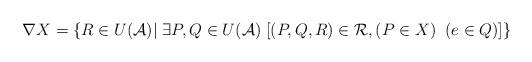
LaTeX: \begin{align*}\nabla X=\{R \in U(\mathcal{A})| \; \exists P, Q \in U(\mathcal{A}) \; [(P, Q, R) \in \mathcal{R}, (P \in X) \; \; (e \in Q)] \}\end{align*}